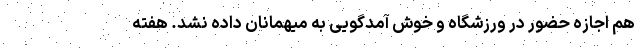
هم اجازه حضور در ورزشگاه و خوش آمدگویی به میهمانان داده نشد. هفته